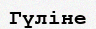
Гүліне